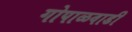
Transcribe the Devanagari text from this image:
गोपाळवाडी